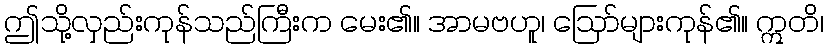
ဤသို့လှည်းကုန်သည်ကြီးက မေး၏။ အာမဗဟူ၊ ဩော်များကုန်၏။ ဣတိ၊